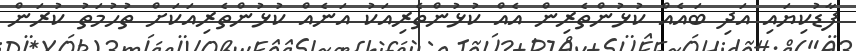
ފާޑުކިޔައި އަދި ބައެއް ކުޅުންތެރިން އެއް ކުޅުންތެރިއަކު އަނެއް ކުޅުންތެރިއަކަށް ތުހުމަތު ކުރަން